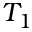
T _ { 1 }